Medical and sanitary report of the native army of Bengal for the year
Year: 1877
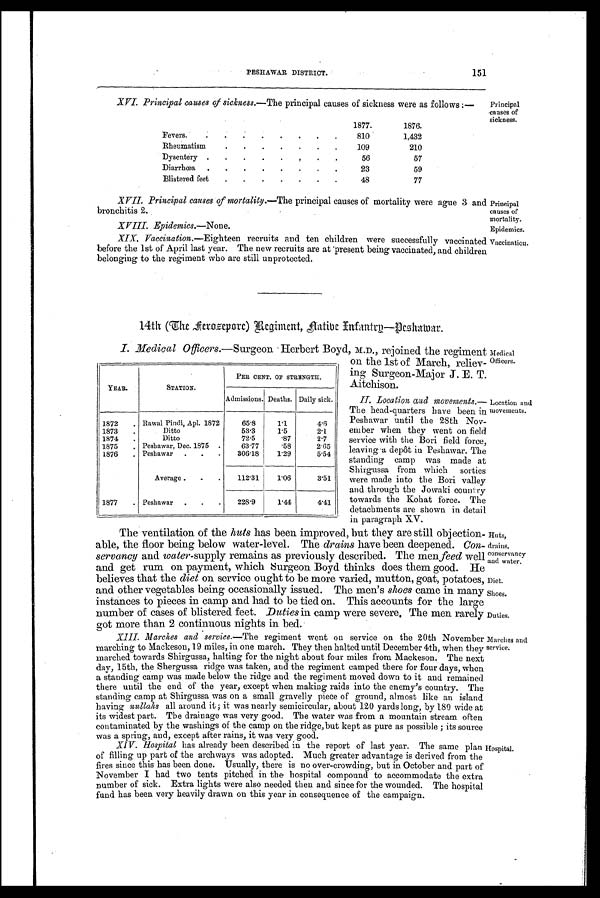
XVI. Principal causes of sickness.—The principal causes of sickness were as follows :—
Fevers.
.
.
.
.
.
.
.
.
1877.
1876.
810
1,432
Rheumatism
.
.
.
.
.
.
.
109
210
Dysentery .
.
.
.
.
.
.
.
56
57
Diarrhœa .
.
.
.
.
.
.
.
23
59
Blistered feet
.
.
.
.
.
.
.
48
77
Principal
causes of
sickness.
151
PESHAWAR DISTRICT.
X VII. Principal causes of tnortality.—The principal causes of mortality were ague 3 and
bronchitis 2.
XVIII. Epidemics.—None.
XIX. Vaccination.—Eighteen recruits and ten children were successfully vaccinated
before the 1st of April last year. The new recruits are at present being vaccinated, and children
belonging to the regiment who are still unprotected.
Principal
causes of
mortality.
Epidemics.
Vaccination.
14th (The Aerosepore) Regiment, Aatibe Infantry—Peshamar.
I. Medical Officers.—Surgeon Herbert Boyd, M.D., rejoined the regiment
on the 1st of March, reliev-
ing Surgeon-Major J. E. T.
Aitchison.
II. Location and movements.—
The head-quarters have been in
Peshawar until the 28th Nov-
ember when they went on field
service with the Bori field force,
leaving a depôt in Peshawar. The
standing camp was made at
Shirgussa from which sorties
were made into the Bori valley
and through the Jowaki country
towards the Kohat force. The
detachments are shown in detail
in paragraph XV.
The ventilation of the huts has been improved, but they are still objection-
able, the floor being below water-level. The drains have been deepened. Con-
servancy and water-supply remains as previously described. The menfeed well
and get rum on payment, which Surgeon Boyd thinks does them good. He
believes that the diet on service ought to be more varied, mutton, goat, potatoes,
and other vegetables being occasionally issued. The men's shoes came in many
instances to pieces in camp and had to be tied on. This accounts for the large
number of cases of blistered feet. Duties in camp were severe, The men rarely
got more than 2 continuous nights in bed.
XIII. Marclzes and service.— The regiment went on service on the 20th November
marching to Mackeson, 19 miles, in one march. They then halted until December 4th, when they
marched towards Shirgussa, halting for the night about four miles from Mackeson. The next
day, 15th, the Shergussa ridge was taken, and the regiment camped there for four days, when
a standing camp was made below the ridge and the regiment moved down to it and remained
there until the end of the year, except when making raids into the enemy's country. The
standing camp at Shirgussa was on a small gravelly piece of ground, almost like an island
having nullaks all around it; it was nearly semicircular, about 120 yards long, by 180 wide at
its widest part. The drainage was very good. The water was from a mountain stream often
contaminated by the washings of the camp on the ridge, but kept as pure as possible; its source
was a spring, and, except after rains, it was very good.
XIV. Hospital has already been described in the report of last year. The same plan
of filling up part of the archways was adopted. Much greater advantage is derived from the
fires since this has been done. Usually, there is no over-crowding, but in October and part of
November I had two tents pitched in the hospital compound to accommodate the extra
number of sick. Extra lights were also needed then and since for the wounded. The hospital
fund has been very heavily drawn on this year in consequence of the campaign.
YEAR.
STATION.
PER CENT. OF STRENGTH.
Admissions. Deaths. Daily sick.
1872
. Rawal Pindi, Apl. 1872
65.8
1.1
4.6
1873
.
Ditto
53.3
1.5
2.1
1874
.
Ditto
72.5
.87
2.7
1875
.
. Peshawar, Dec. 1875 .
63.77
.58
2.65
1876
. Peshawar
.
.
.
306.18
1.29
5.54
Average .
.
.
112.31
1.06
3.51
1877
. Peshawar
.
.
.
228.9
1.44
4.41
Medical
Officers.
Location and
movements.
Huts,
drains,
Conservancy
and water.
Diet.
Shoes.
Duties.
Marches and
service.
Hospital.